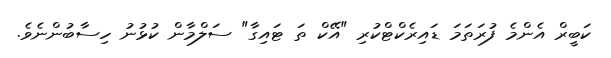
ކަބީރް އެންމެ ފުރަތަމަ ޑައިރެކްޓްކުރި "އޭކް ތަ ޓައިގާ" ސަލްމާން ކުޅުނު ހިސާބުންނެވެ.